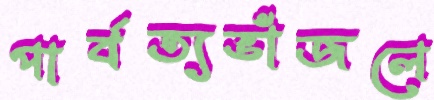
পার্বত্যভাঁজলে